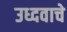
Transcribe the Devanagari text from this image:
उध्दवाचे